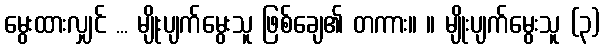
မွေးထားလျှင် ... မျိုးပျက်မွေးသူ ဖြစ်ချေ၏ တကား။ ။ မျိုးပျက်မွေးသူ (၃)